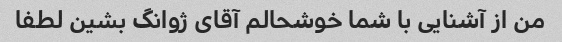
من از آشنایی با شما خوشحالم آقای ژوانگ بشین لطفا